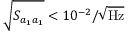
\sqrt { S _ { a _ { 1 } a _ { 1 } } } < 1 0 ^ { - 2 } / \sqrt { \mathrm { H z } }